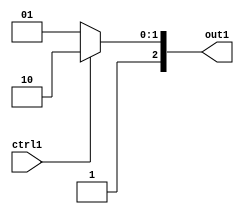
`timescale 1ps / 1ps
/*****************************************************************************
    Verilog RTL Description
    
    
    Created by: Stratus DpOpt 2019.1.01 
*******************************************************************************/

module dut_Muxn2n3u1_1 (
	ctrl1,
	out1
	); /* architecture "behavioural" */ 
input  ctrl1;
output [2:0] out1;
wire [2:0] asc001;

reg [2:0] asc001_tmp_0;
assign asc001 = asc001_tmp_0;
always @ (ctrl1) begin
	case (ctrl1)
		1'B1 : asc001_tmp_0 = 3'B110 ;
		default : asc001_tmp_0 = 3'B101 ;
	endcase
end

assign out1 = asc001;
endmodule

/* CADENCE  uLDxTw0= : u9/ySgnWtBlWxVPRXgAZ4Og= ** DO NOT EDIT THIS LINE ******/